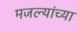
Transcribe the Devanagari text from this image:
मजल्यांच्या